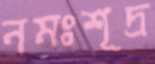
নমঃশূদ্র